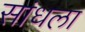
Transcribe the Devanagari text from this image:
सांधला